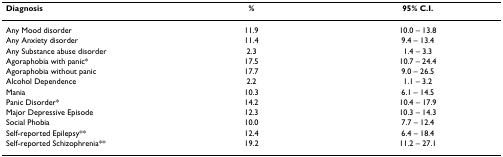
<table><thead><tr><td><b>Diagnosis</b></td><td><b>%</b></td><td><b>95% C.I.</b></td></tr></thead><tbody><tr><td>Any Mood disorder</td><td>11.9</td><td>10.0 – 13.8</td></tr><tr><td>Any Anxiety disorder</td><td>11.4</td><td>9.4 – 13.4</td></tr><tr><td>Any Substance abuse disorder</td><td>2.3</td><td>1.4 – 3.3</td></tr><tr><td>Agoraphobia with panic*</td><td>17.5</td><td>10.7 – 24.4</td></tr><tr><td>Agoraphobia without panic</td><td>17.7</td><td>9.0 – 26.5</td></tr><tr><td>Alcohol Dependence</td><td>2.2</td><td>1.1 – 3.2</td></tr><tr><td>Mania</td><td>10.3</td><td>6.1 – 14.5</td></tr><tr><td>Panic Disorder*</td><td>14.2</td><td>10.4 – 17.9</td></tr><tr><td>Major Depressive Episode</td><td>12.3</td><td>10.3 – 14.3</td></tr><tr><td>Social Phobia</td><td>10.0</td><td>7.7 – 12.4</td></tr><tr><td>Self-reported Epilepsy**</td><td>12.4</td><td>6.4 – 18.4</td></tr><tr><td>Self-reported Schizophrenia**</td><td>19.2</td><td>11.2 – 27.1</td></tr></tbody></table>